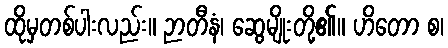
ထိုမှတစ်ပါးလည်း။ ဉာတီနံ၊ ဆွေမျိုးတို့၏။ ဟိတော စ၊